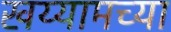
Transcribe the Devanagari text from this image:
खय्यामच्या